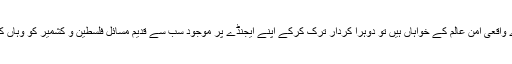
قرارداد میں باور کرایا گیا کہ اگر اقوام متحدہ اور عالمی ادارے واقعی امن عالم کے خواہاں ہیں تو دوہرا کردار ترک کرکے اپنے ایجنڈے پر موجود سب سے قدیم مسائل فلسطین و کشمیر کو وہاں کے عوام کی امنگوں اور عالمی قوانین کے مطابق حل کروائیں۔